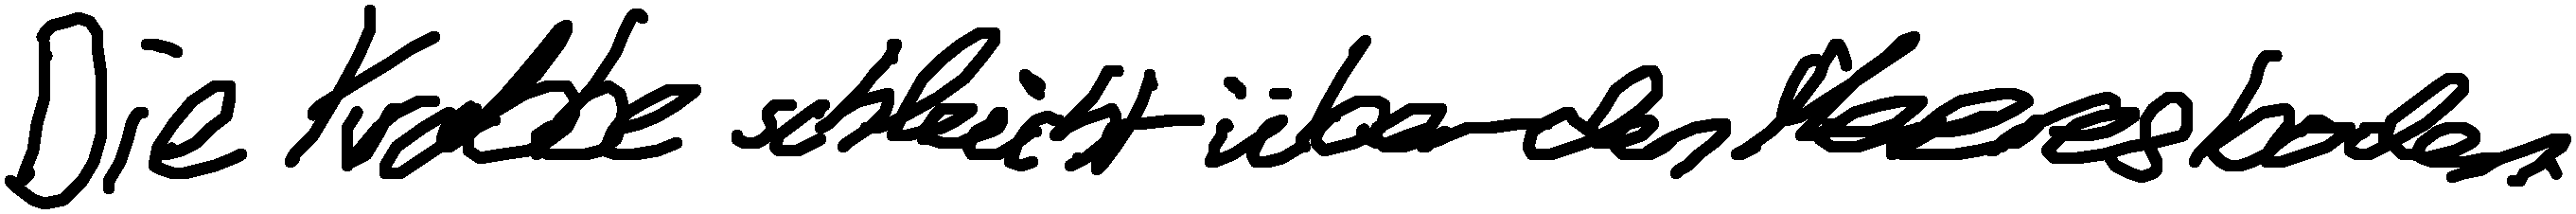
Die Krabbe schleicht über den Meeresboden.